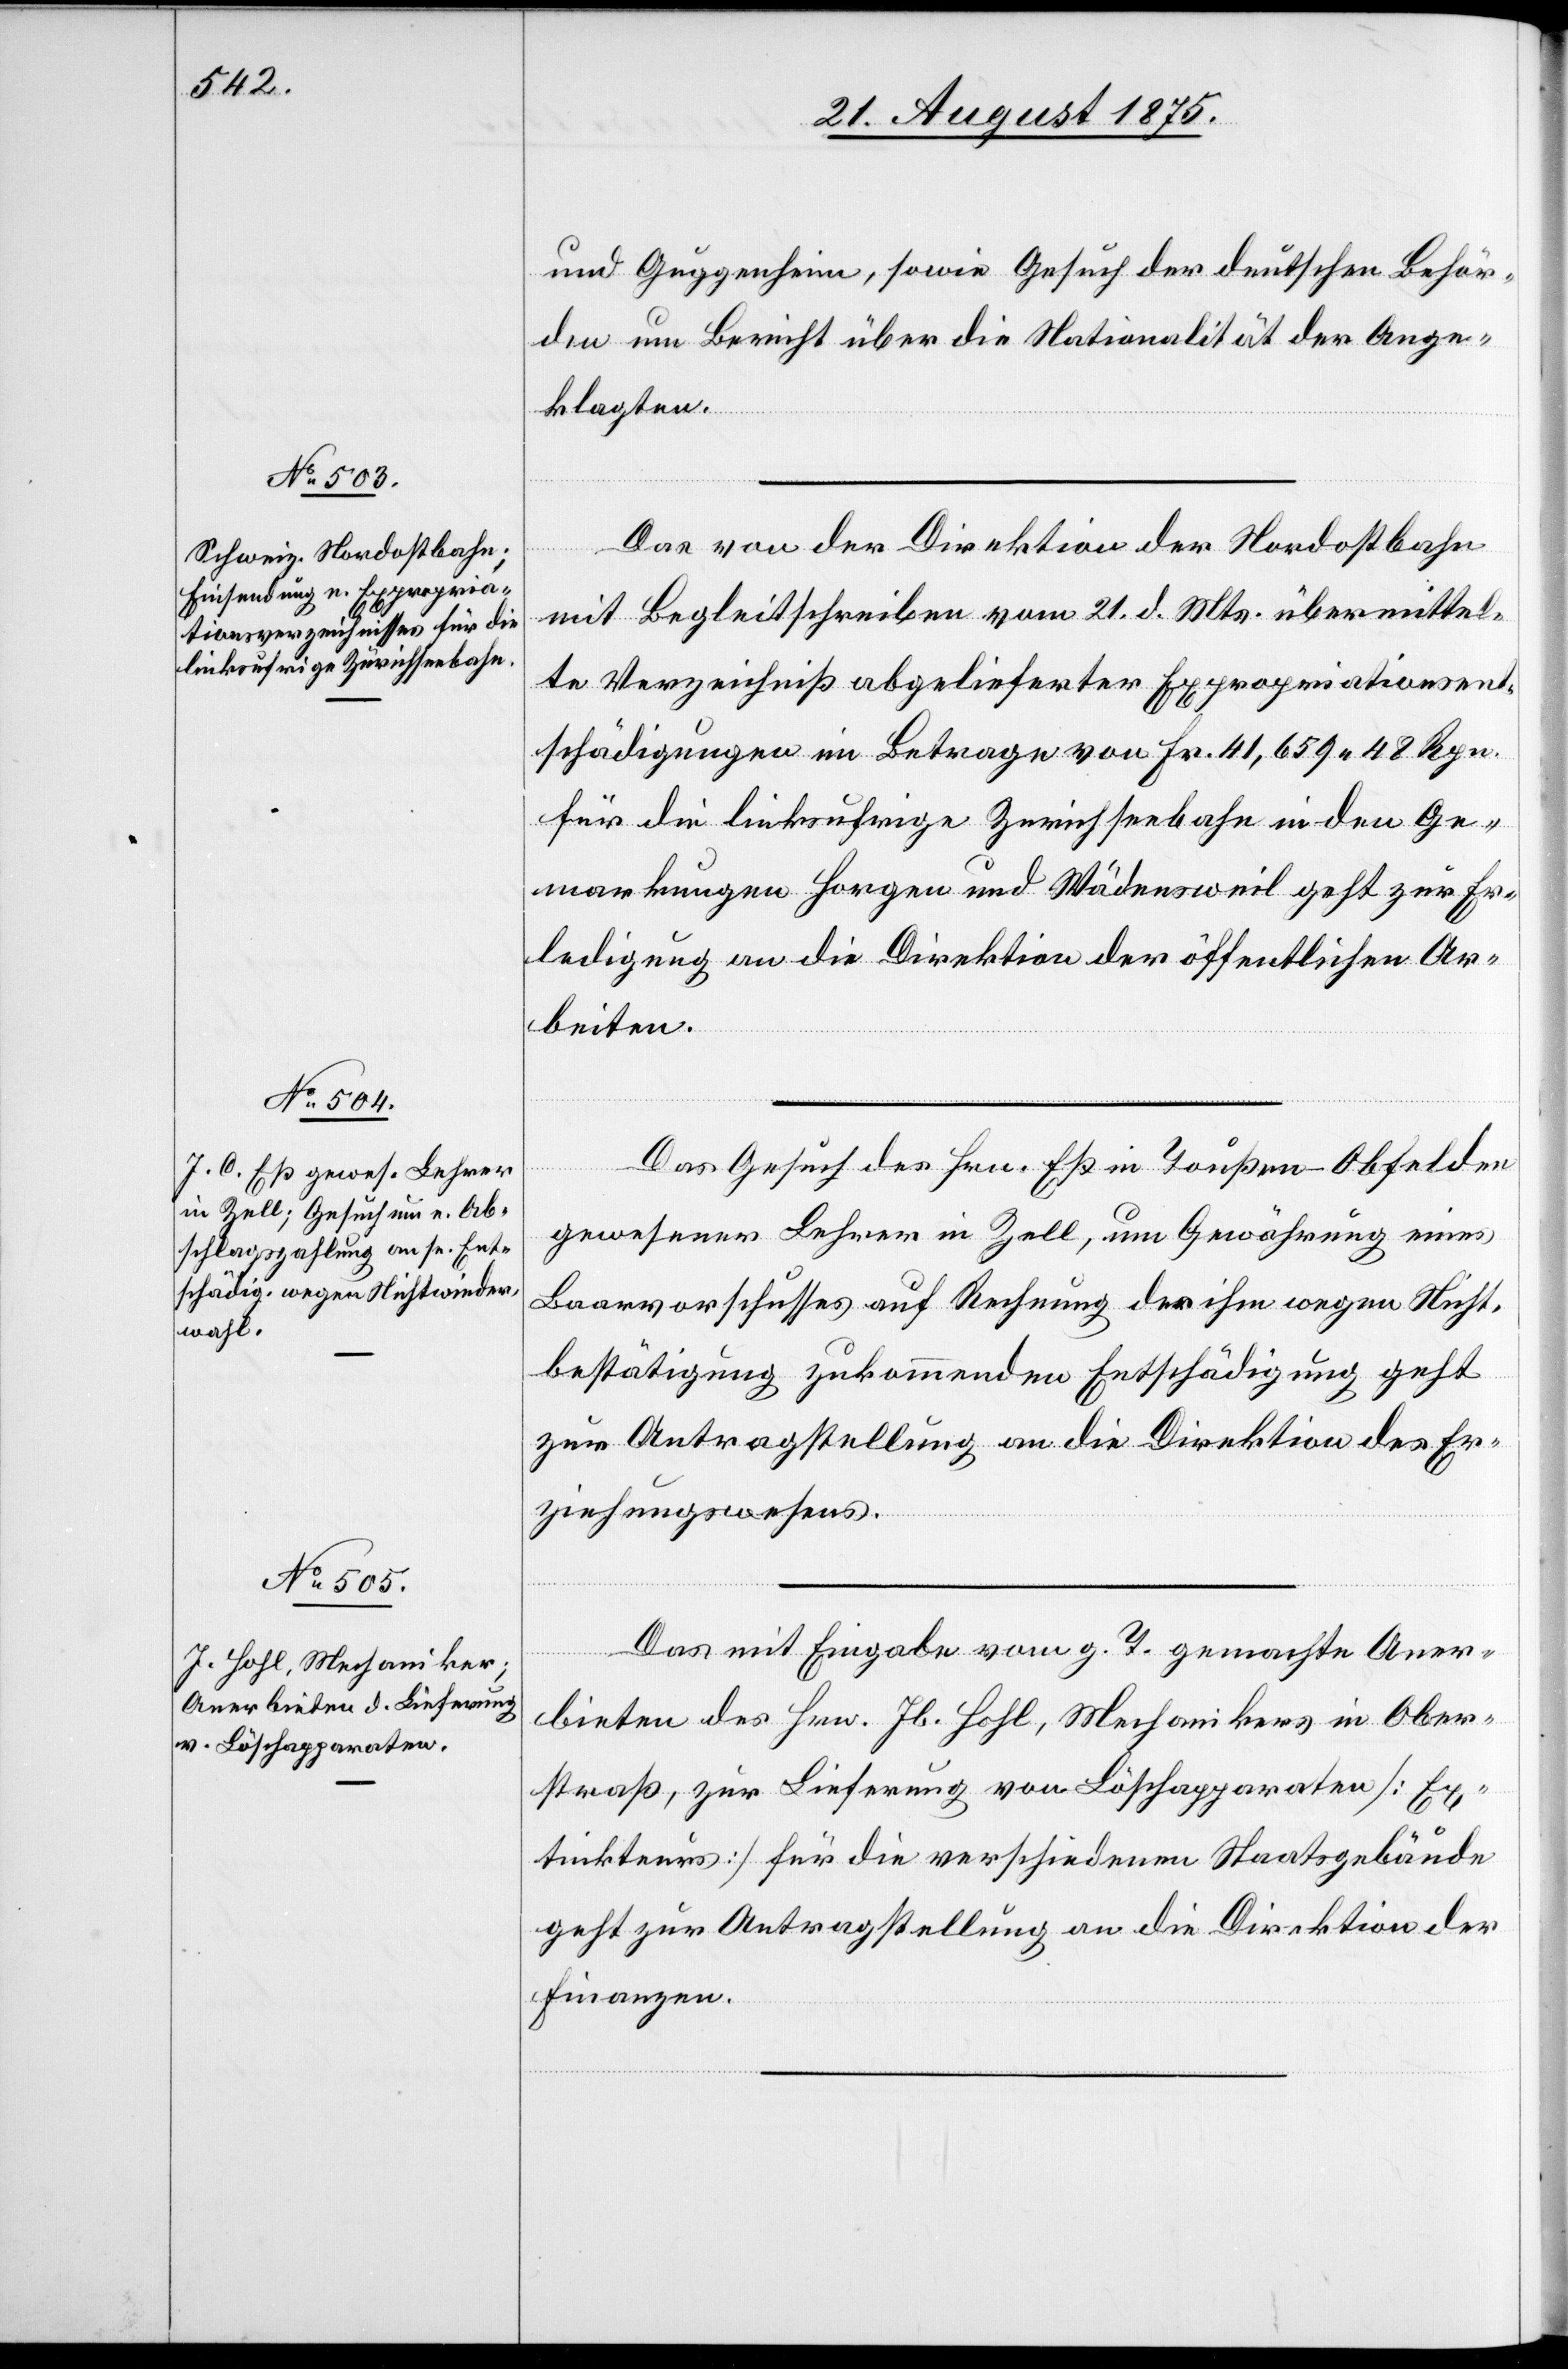
24. August 1875.]
und Guggenheim, sowie Gesuch der deutschen Behör¬
den um Bericht über die Nationalität der Ange¬
klagten.
Das von der Direktion der Nordostbahn
mit Begleitschreiben vom 21. d. Mts. übermittel¬
te Verzeichniß abgelieferter Expropriationsent¬
schädigungen im Betrage von Fr. 41,659 48 Rpn.
für die linksufrige Zürichseebahn in den Ge¬
markungen Horgen und Wädensweil geht zur Er¬
ledigung an die Direktion der öffentlichen Ar¬
beiten.
Das Gesuch des Hrn. Eß in Toußen - Obfelden
gewesener Lehrer in Zell, um Gewährung eines
Baarvorschusses auf Rechnung der ihm wegen Nicht¬
bestätigung zukommenden Entschädigung geht
zur Antragstellung an die Direktion des Er¬
ziehungswesens.
Das mit Eingabe vom g. T. gemachte Aner¬
bieten des Hrn. Jb. Hohl, Mechanikers in Ober¬
straß, zur Lieferung von Löschapparaten [Ex¬
tinkteurs] für die verschiedenen Staatsgebäude
geht zur Antragstellung an die Direktion der
Finanzen.